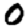
Digit: 0